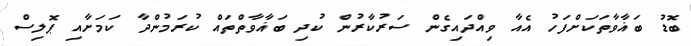
ބޮޑު ބަޣާވާތަކަށްފަހު އެއާ ވިއްދައިގެން ސަރުކާރުން ކުދި ބަޣާވާތްތައް ކުރަމުންދާ ކަމަށާއި ޕޮލިސް